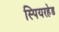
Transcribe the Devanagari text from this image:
स्पियरहेड